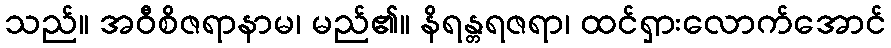
သည်။ အဝီစိဇရာနာမ၊ မည်၏။ နိရန္တရဇရာ၊ ထင်ရှားလောက်အောင်